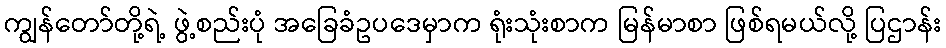
ကျွန်တော်တို့ရဲ့ ဖွဲ့စည်းပုံ အခြေခံဥပဒေမှာက ရုံးသုံးစာက မြန်မာစာ ဖြစ်ရမယ်လို့ ပြဌာန်း